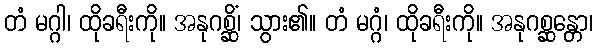
တံ မဂ္ဂါ၊ ထိုခရီးကို။ အနုဂစ္ဆိံ၊ သွား၏။ တံ မဂ္ဂံ၊ ထိုခရီးကို။ အနုဂစ္ဆန္တော၊